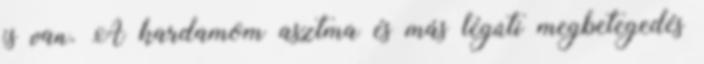
is van. A kardamom asztma és más légúti megbetegedés